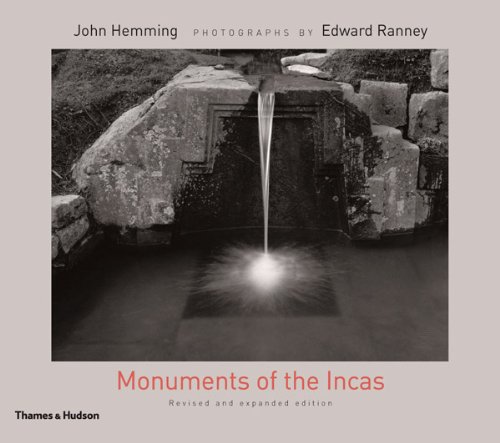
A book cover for Monuments of the Incas (Revised Edition); John Hemming; History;